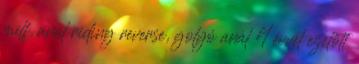
milf, anal riding reverse, golyó anál 4 évvel ezelőtt